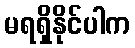
မရရှိနိုင်ပါက